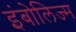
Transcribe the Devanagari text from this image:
इंबोलिज्म